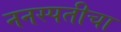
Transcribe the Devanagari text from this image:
ननस्पतीचा